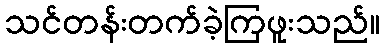
သင်တန်းတက်ခဲ့ကြဖူးသည်။